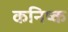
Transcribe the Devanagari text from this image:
कनिष्‍क